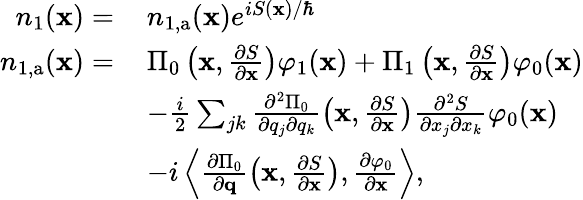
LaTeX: \begin{array}{rl}{n_{1}(\mathbf{x})=\, }&{n_{1,\mathrm{a}}(\mathbf{x})e^{iS(\mathbf{x})/\hbar}}\\ {n_{1,\mathrm{a}}(\mathbf{x})=\, }&{\Pi_{0}\left(\mathbf{x},\frac{\partial S}{\partial\mathbf{x}}\right)\varphi_{1}(\mathbf{x})+\Pi_{1}\left(\mathbf{x},\frac{\partial S}{\partial\mathbf{x}}\right)\varphi_{0}(\mathbf{x})}\\ &{-\frac{i}{2}\sum_{jk}\frac{\partial^{2}\Pi_{0}}{\partial q_{j}\partial q_{k}}\left(\mathbf{x},\frac{\partial S}{\partial\mathbf{x}}\right)\frac{\partial^{2}S}{\partial x_{j}\partial x_{k}}\varphi_{0}(\mathbf{x})}\\ &{-i\left\langle\frac{\partial\Pi_{0}}{\partial\mathbf{q}}\left(\mathbf{x},\frac{\partial S}{\partial\mathbf{x}}\right),\frac{\partial\varphi_{0}}{\partial\mathbf{x}}\right\rangle,}\end{array}